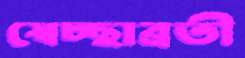
স্বেচ্ছাব্রতী